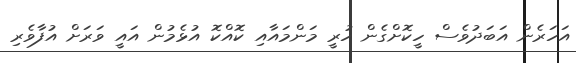
އަހަރެން އަބަދުވެސް ހީކޮށްގެން ހުރީ މަންމައާއި ކޮއްކޮ އުޅެމުން އައީ ވަރަށް އުފާވެރި